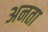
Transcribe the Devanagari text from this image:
अनता